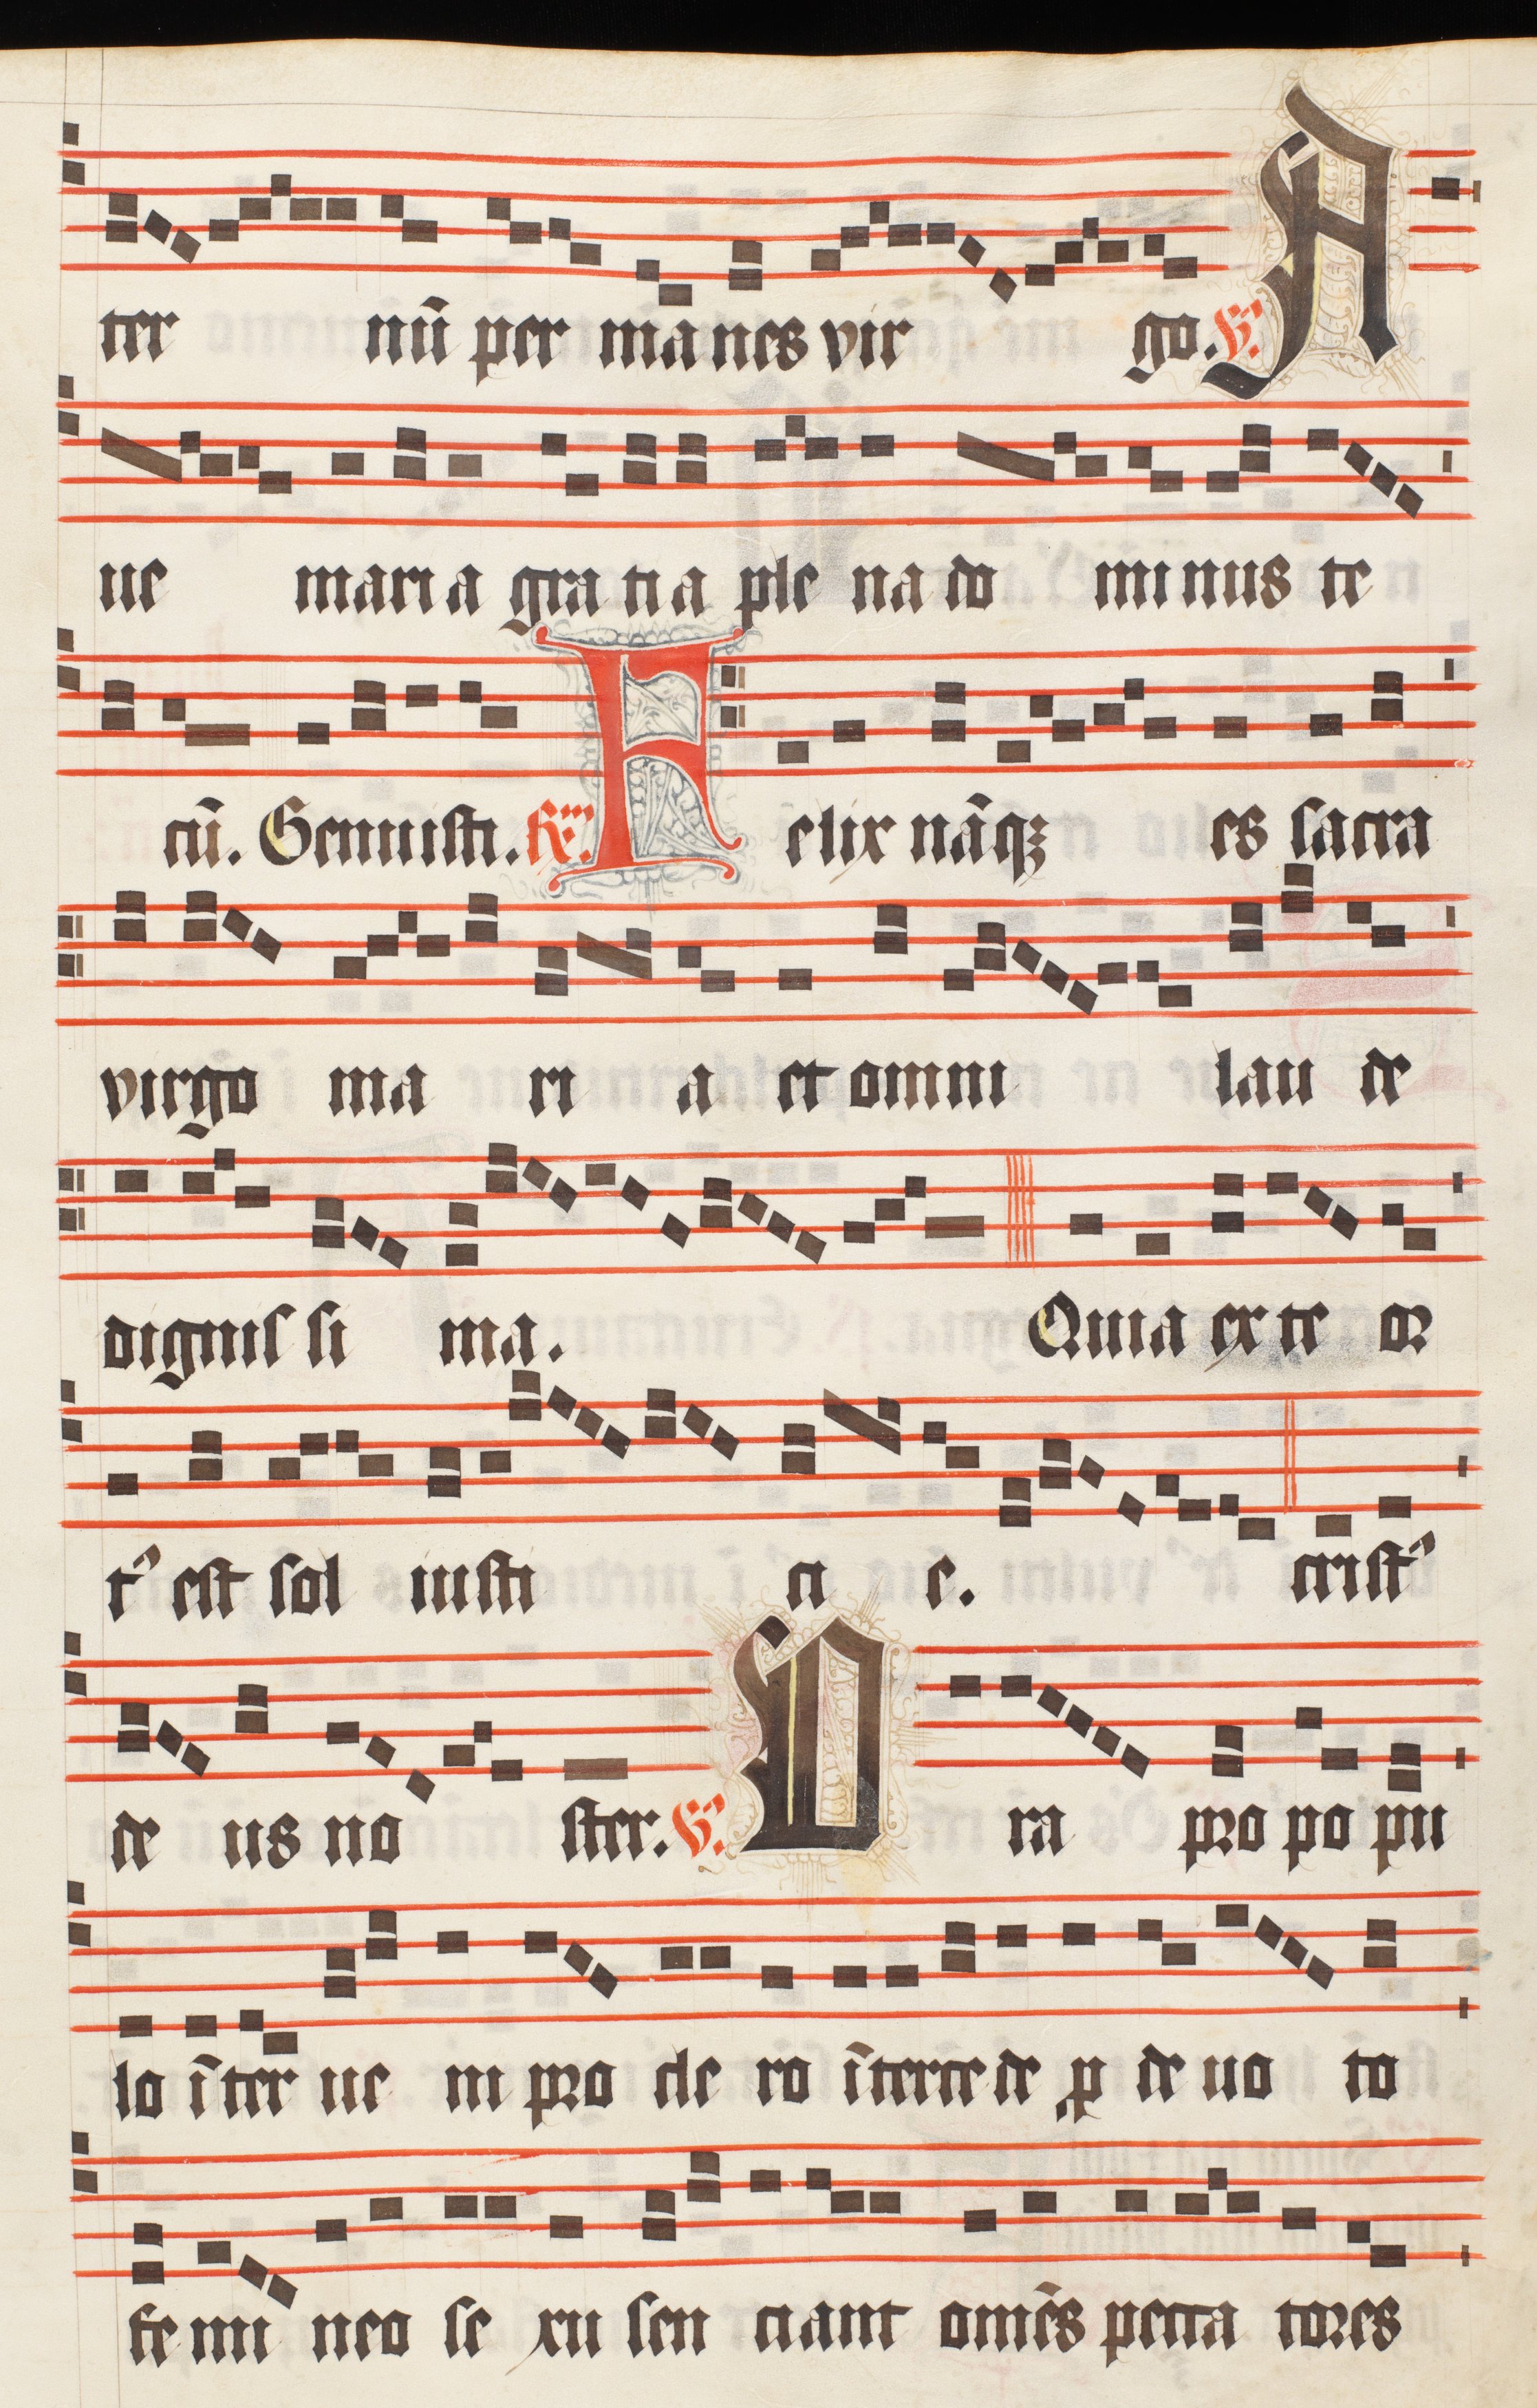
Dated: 1510–1517